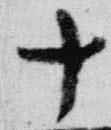
十